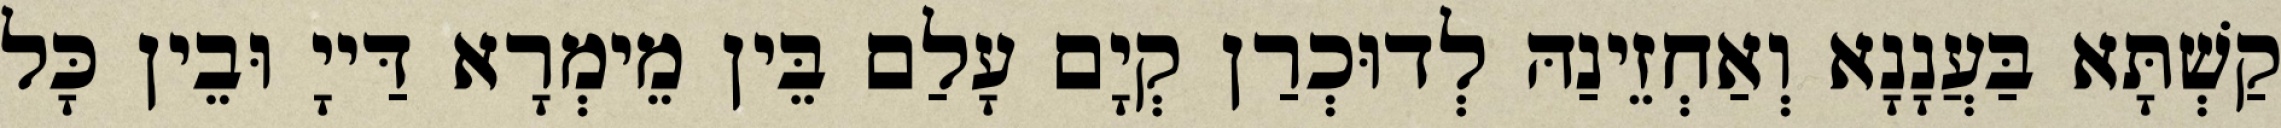
קַשְׁתָּא בַּעֲנָנָא וְאַחְזֵינַהּ לְדוּכְרַן קְיָם עָלַם בֵּין מֵימְרָא דַּייָ וּבֵין כָּל